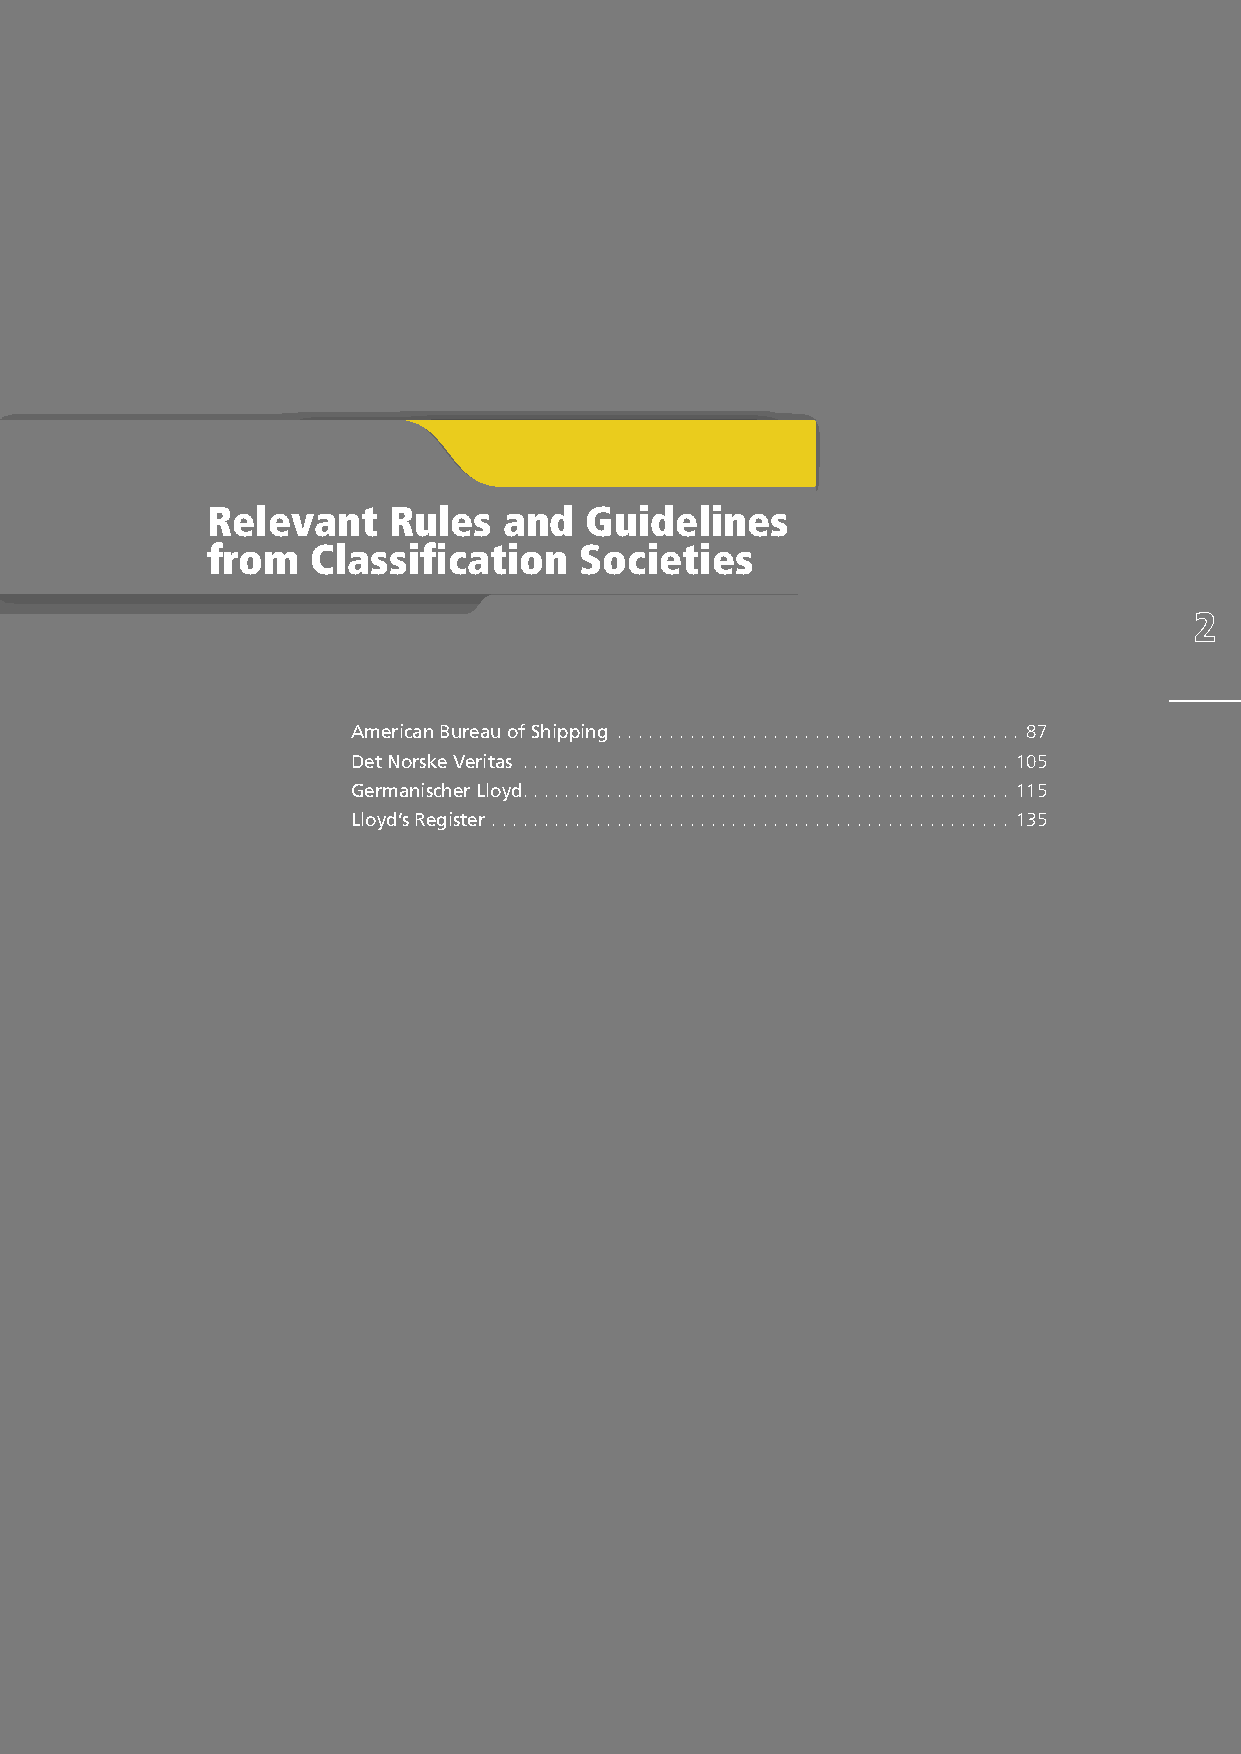
Relevant    Rules  and   Guidelines
 from   Classification   Societies
 American Bureau of Shipping ....................................... 87
 Det Norske Veritas ............................................... 105
 Germanischer Lloyd............................................... 115
 Lloyd’s Register .................................................. 135
 85
 TO
 BE
 CUTTED
 OFF